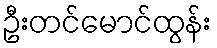
ဦးတင်မောင်ထွန်း